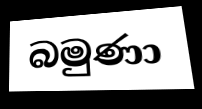
බමුණා